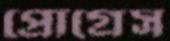
প্রোগ্রেস